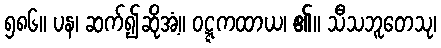
၅၈၆။ ပန၊ ဆက်၍ဆိုအံ့။ ဝဋ္ဋကထာယ၊ ၏။ သီသဘူတေသု၊